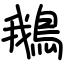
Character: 鵝